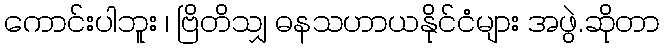
ကောင်းပါဘူး ၊ ဗြိတိသျှ ဓနသဟာယနိုင်ငံများ အဖွဲ.ဆိုတာ